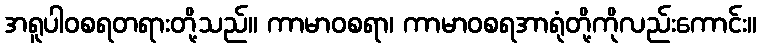
အရူပါဝစရတရားတို့သည်။ ကာမာဝစရာ၊ ကာမာဝစရအာရုံတို့ကိုလည်းကောင်း။